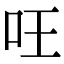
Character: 㕵